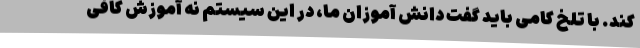
کند. با تلخ کامی باید گفت دانش آموزان ما، در این سیستم نه آموزش کافی